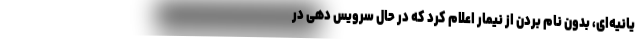
یانیه‌ای، بدون نام بردن از نیمار اعلام کرد که در حال سرویس دهی در